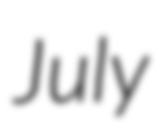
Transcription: July